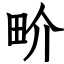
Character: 畍